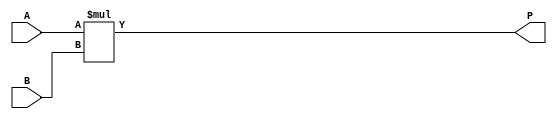
`timescale 1ns / 1ns
//////////////////////////////////////////////////////////////////////////////////
// Company: 
// Engineer: 
// 
// Design Name: 
// Module Name:    Multiplier8x8 
// Project Name: 
// Target Devices: 
// Tool versions: 
// Description: 
//
// Dependencies: 
//
// Revision: 
// Revision 0.01 - File Created
// Additional Comments: 
//
//////////////////////////////////////////////////////////////////////////////////
module Multiplier8x8 (
	input  [7:0] A , // input  [unsigned 08 bits]
	input  [7:0] B , // input  [unsigned 08 bits]
	output [15:0] P   // output [unsigned 16 bits]
);
	// Simply just multiply A in B
	assign P = A * B;

endmodule